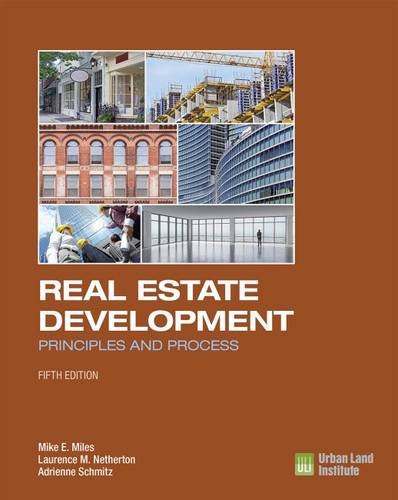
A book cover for Real Estate Development - 5th Edition: Principles and Process; Mike E. Miles; Business & Money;